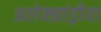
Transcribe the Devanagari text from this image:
अलेक्झांड्रीया